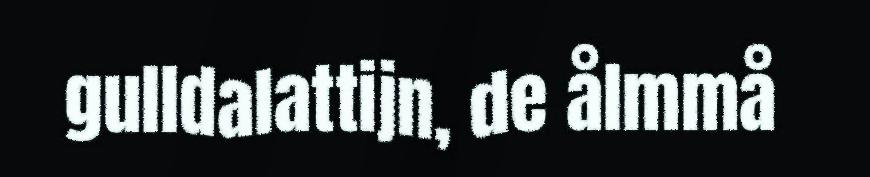
gulldalattijn, de ålmmå